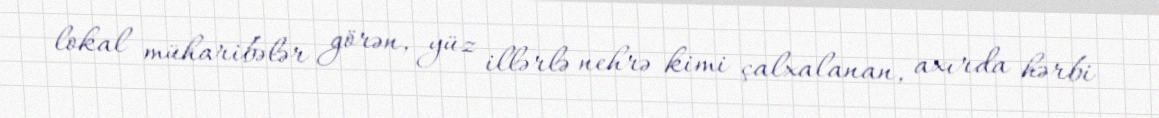
lokal müharibələr görən, yüz illərlə nehrə kimi çalxalanan, axırda hərbi